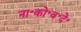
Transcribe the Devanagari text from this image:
ना॰को॰व॰दे॰